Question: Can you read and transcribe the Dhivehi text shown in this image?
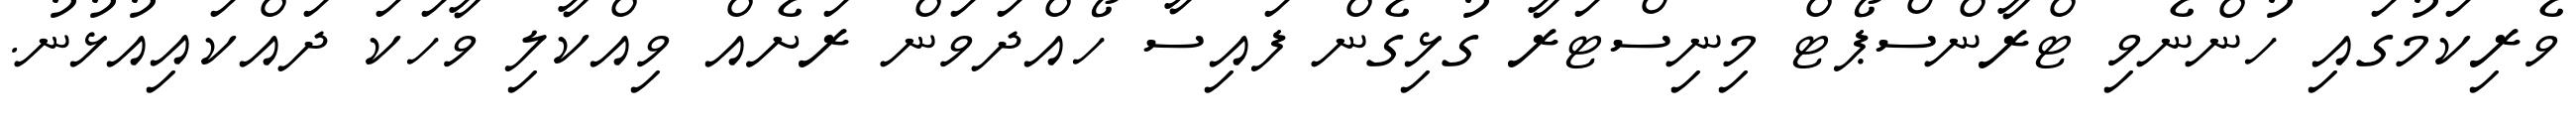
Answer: ވެރިކަމުގައި ހުންނެވި ޓްރާންސްޕޯޓް މިނިސްޓަރާ ގުޅިގެން ފައިސާ ހޯއްދަވަން ރަށެއް ވިއްކާލި ވާހަކަ ދައްކައިއުޅުނު.